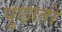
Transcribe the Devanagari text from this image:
पुछातो